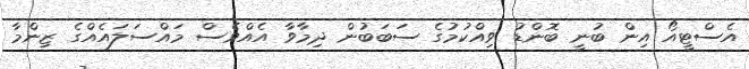
އެސްޓީއޯ އިން ބުނީ ބޮންޑު ވިއްކުމުގެ ސަބަބުން ދިމާވާ އެއްވެސް މައްސަލައެއްގެ ޒިންމާ